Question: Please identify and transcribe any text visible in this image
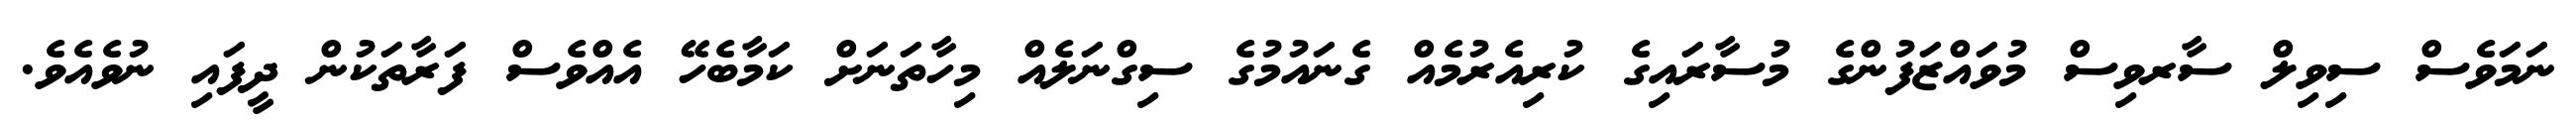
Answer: ނަމަވެސް ސިވިލް ސާރވިސް މުވައްޒަފުންގެ މުސާރައިގެ ކުރިއެރުމެއް ގެނައުމުގެ ސިގްނަލެއް މިހާތަނަށް ކަމާބެހޭ އެއްވެސް ފަރާތަކުން ދީފައި ނުވެއެވެ.